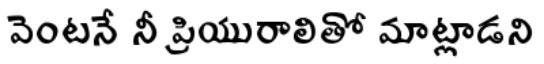
వెంటనే నీ ప్రియురాలితో మాట్లాడని